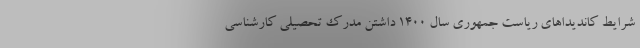
شرایط کاندیداهای ریاست جمهوری سال ۱۴۰۰ داشتن مدرک تحصیلی کارشناسی